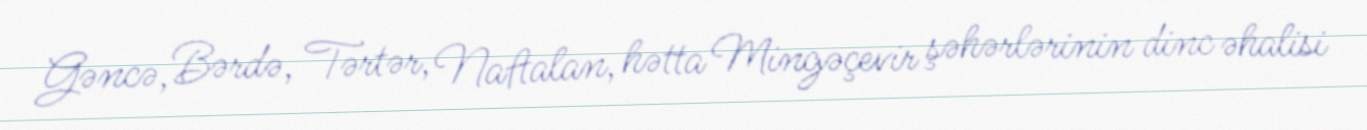
Gəncə, Bərdə, Tərtər, Naftalan, hətta Mingəçevir şəhərlərinin dinc əhalisi